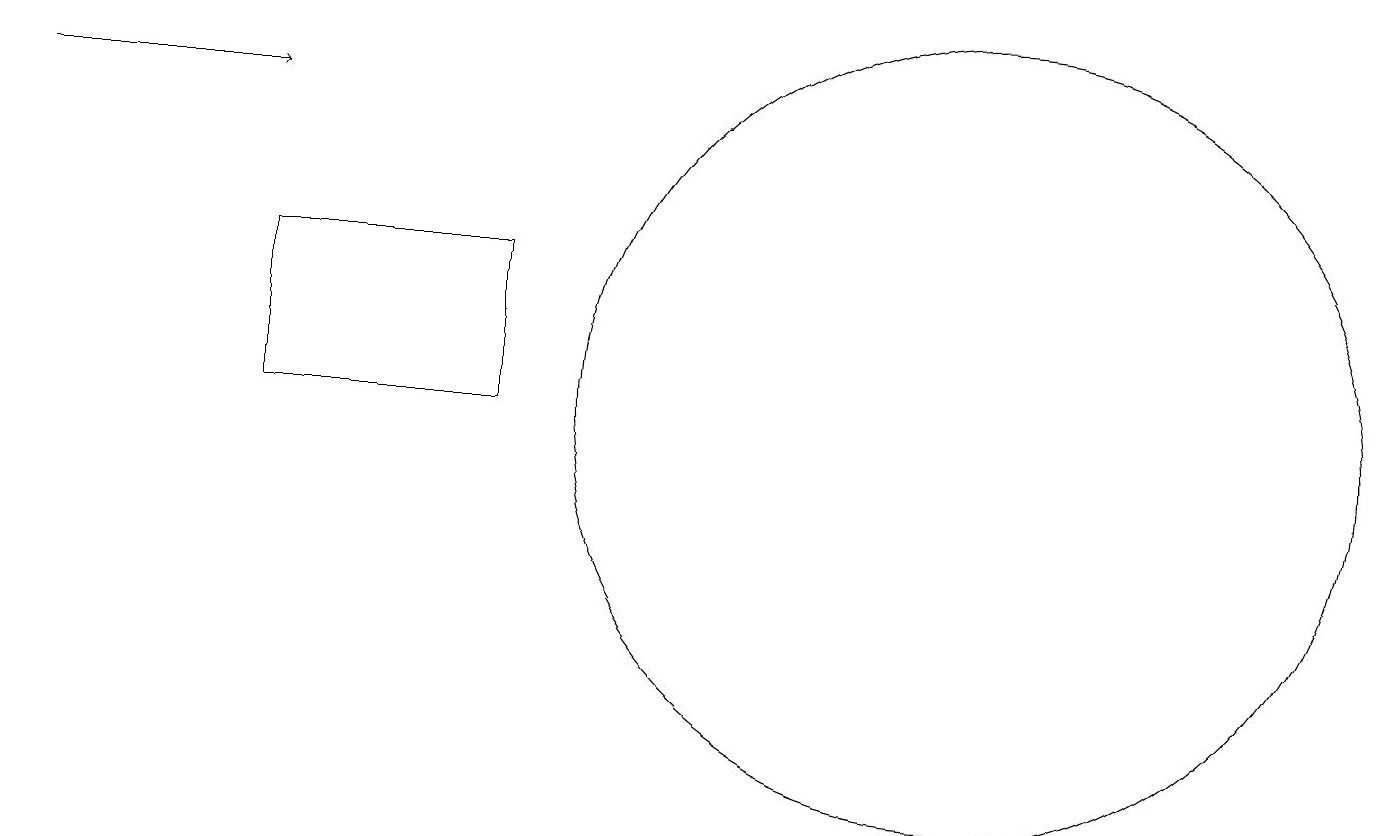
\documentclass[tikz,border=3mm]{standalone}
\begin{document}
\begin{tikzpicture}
\draw (12,11) circle (5);
\draw (6,13) rectangle (3,11);
\draw[->] (0,15) -- (3,15);
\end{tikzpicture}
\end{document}